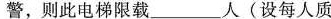
警，则此电梯限载___人(设每人质